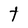
Character: T